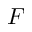
F